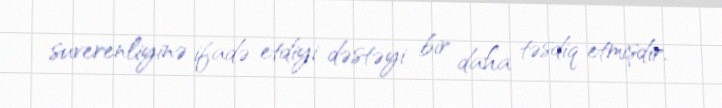
suverenliyinə ifadə etdiyi dəstəyi bir daha təsdiq etmişdir.